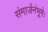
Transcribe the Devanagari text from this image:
संमार्जनंभूमेः